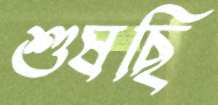
শুষছি